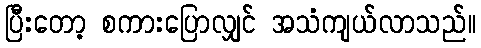
ပြီးတော့ စကားပြောလျှင် အသံကျယ်လာသည်။